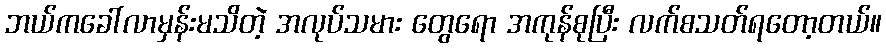
ဘယ်ကခေါ်လာမှန်းမသိတဲ့ အလုပ်သမား တွေရော အကုန်စုပြီး လက်စသတ်ရတော့တယ်။